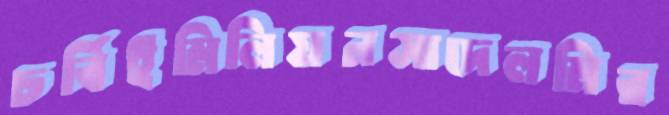
চর্বিইমিলিয়নসাদেলমির